Lunatic asylums Madras 1877-1891 - 1877-1891
Year: 1877
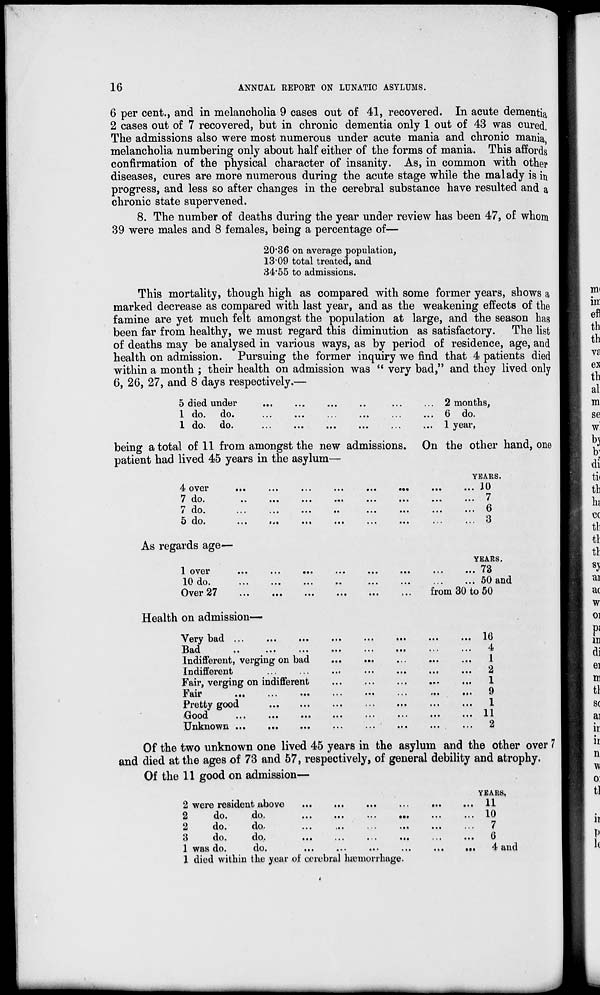
16
ANNUAL REPORT ON LUNATIC ASYLUMS.
6 per cent., and in melancholia 9 cases out of 41, recovered. In acute dementia
2 cases out of 7 recovered, but in chronic dementia only 1 out of 43 was cured.
The admissions also were most numerous under acute mania and chronic mania,
melancholia numbering only about half either of the forms of mania. This affords
confirmation of the physical character of insanity. As, in common with other
diseases, cures are more numerous during the acute stage while the malady is in
progress, and less so after changes in the cerebral substance have resulted and a
chronic state supervened.
8. The number of deaths during the year under review has been 47, of whom
39 were males and 8 females, being a percentage of—
20.36
13.09
34.55
on average population,
total treated, and
to admissions.
This mortality, though high as compared with some former years, shows a
marked decrease as compared with last year, and as the weakening effects of the
famine are yet much felt amongst the population at large, and the season has
been far from healthy, we must regard this diminution as satisfactory. The list
of deaths may be analysed in various ways, as by period of residence, age, and
health on admission. Pursuing the former inquiry we find that 4 patients died
within a month ; their health on admission was " very bad," and they lived only
6, 26, 27, and 8 days respectively.—
5 died under
...
...
...
...
...
...
1 do. do. ... ... ... ... ... ...
1 do. do. ... ... ... ... ... ...
2 months,
6 do.
1 year,
being a total of 11 from amongst the new admissions. On the other hand, one
patient had lived 45 years in the asylum—
4 over
...
...
...
...
...
...
...
...
7 do ... ... ... ... ... ... ... ...
7 do ... ... ... ... ... ... ... ...
5 do ... ... ... ... ... ... ... ...
YEARS.
10
7
6
3
As regards age—
1 over ... ... ... ... ... ... ... ...
10 do ... ... ... ... ... ... ... ...
Over 27 ... ... ... ... ... ...
YEARS.
73
50 and
from 30 to 50
Health on admission—
Very bad
...
...
...
...
...
...
...
...
Bad ... ... ... ... ... ... ... ...
Indifferent, verging on bad
...
...
...
...
...
Indifferent
...
...
...
...
...
...
...
...
Fair, verging on indifferent
...
...
...
...
...
Fair
...
...
...
...
...
...
...
...
Pretty good ... ... ... ... ... ... ...
Good.
...
...
...
...
...
...
...
...
Unknown ... ... ... ... ... ... ... ...
16
4
1
2
1
9
1
11
2
Of the two unknown one lived 45 years in the asylum and the other over 7
and died at the ages of 73 and 57, respectively, of general debility and atrophy.
Of the 11 good on admission—
2 were resident above
...
...
...
...
...
...
2
do.
do.
...
...
...
...
...
...
2
do.
do.
...
...
...
...
...
...
3
do.
do. ... ... ... ... ... ...
1 was do.
do. ... ... ... ... ... ...
1 died within the year of cerebral hæmorrhage.
YEARS.
11
10
7
6
4 and